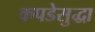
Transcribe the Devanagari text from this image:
कपडेसुद्धा